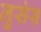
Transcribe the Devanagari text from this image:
लुसंस